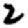
Digit: 2